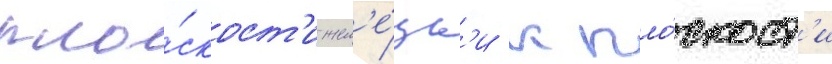
пло́скост'и жел'е́зк'и к пло́скост'и